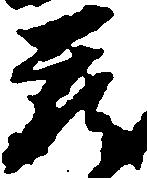
蔵